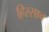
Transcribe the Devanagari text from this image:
हिस्साच